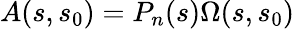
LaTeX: A(s,s_{0})=P_{n}(s)\Omega(s,s_{0})